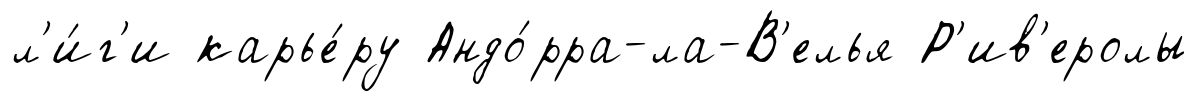
л'и́г'и карье́ру Андо́рра-ла-В'елья Р'ив'еролы